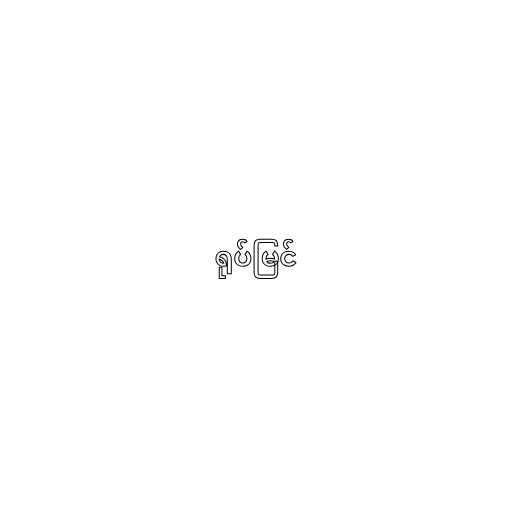
ရုပ်မြင်